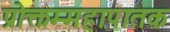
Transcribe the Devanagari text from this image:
प्रोक्तम्महापातक